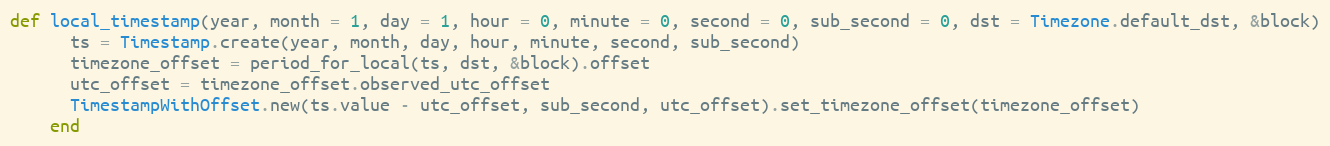
Language: Ruby
def local_timestamp(year, month = 1, day = 1, hour = 0, minute = 0, second = 0, sub_second = 0, dst = Timezone.default_dst, &block)
      ts = Timestamp.create(year, month, day, hour, minute, second, sub_second)
      timezone_offset = period_for_local(ts, dst, &block).offset
      utc_offset = timezone_offset.observed_utc_offset
      TimestampWithOffset.new(ts.value - utc_offset, sub_second, utc_offset).set_timezone_offset(timezone_offset)
    end